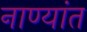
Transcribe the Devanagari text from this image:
नाण्यांत